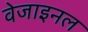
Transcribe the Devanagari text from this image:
वेजाइनल